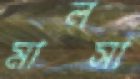
মালসা